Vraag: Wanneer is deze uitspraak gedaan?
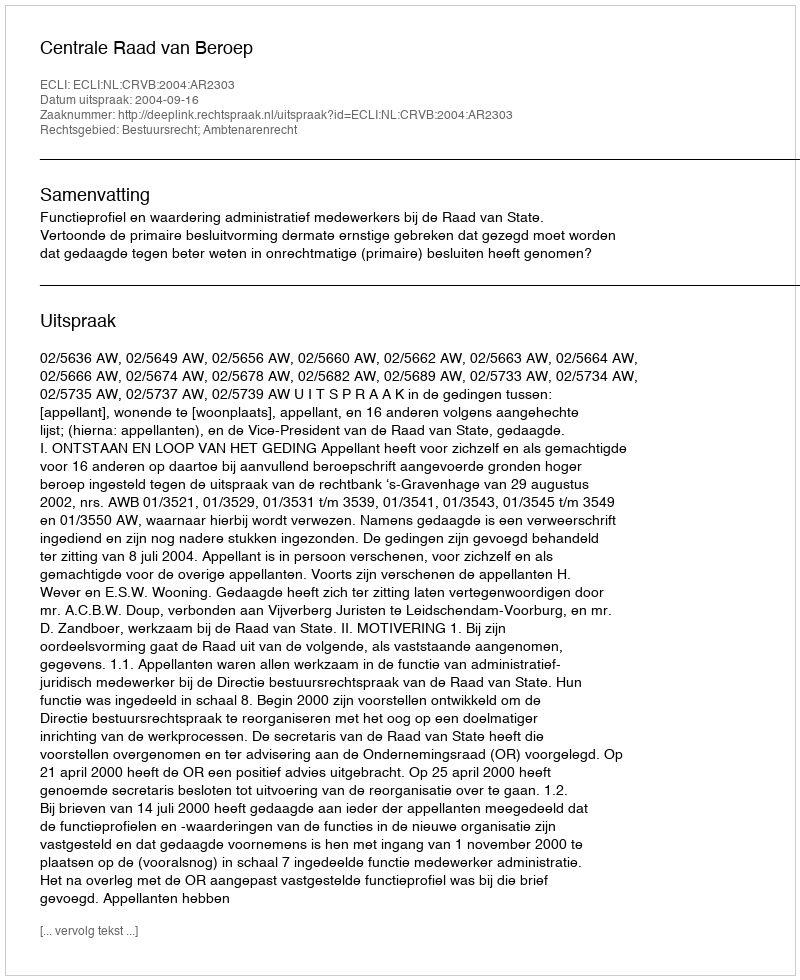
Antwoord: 2004-09-16